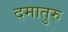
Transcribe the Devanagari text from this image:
दमातुरु